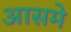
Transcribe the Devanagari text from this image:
आसमे